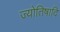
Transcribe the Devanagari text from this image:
ज्योतिषादि